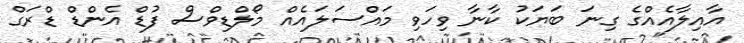
އާއިލާއެއްގެ ގިނަ ބަޔަކު ކާނާ ވިހަވި މައްސަލައެއް މޯލްޑިވްސް ފުޑް އެންޑް ޑްރަގް